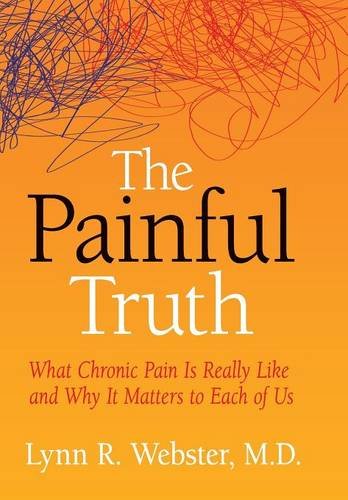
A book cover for The Painful Truth: What Chronic Pain Is Really Like and Why It Matters to Each of Us; M.D. Lynn R. Webster; Health, Fitness & Dieting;